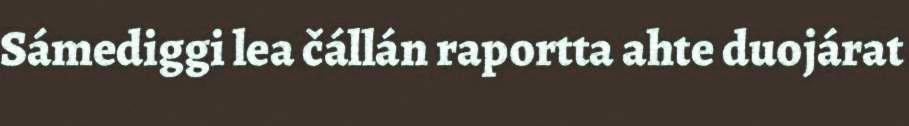
Sámediggi lea čállán raportta ahte duojárat